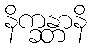
နိက္ခန္တာနိ